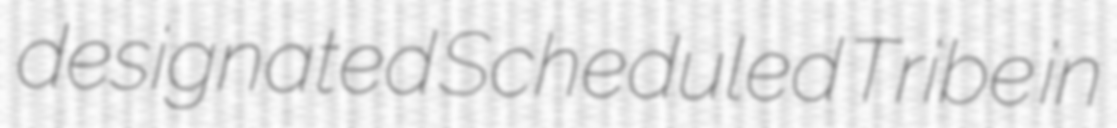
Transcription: designated Scheduled Tribe in